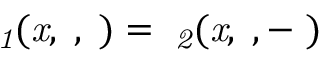
{ \it \Psi _ { 1 } ( x , \alpha , \tau ) = \Psi _ { 2 } ( x , \alpha , - \tau ) }